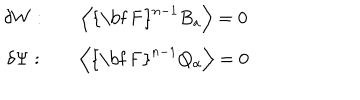
\begin{array} { c c c } { { \delta W : } } & { { } } & { { \left\langle \mathrm { { \bf ~ F } } ^ { n - 1 } B _ { a } \right\rangle = 0 } } \\ { { \delta \Psi : } } & { { } } & { { \left\langle \mathrm { { \bf ~ F } } ^ { n - 1 } Q _ { \alpha } \right\rangle = 0 } } \\ \end{array}